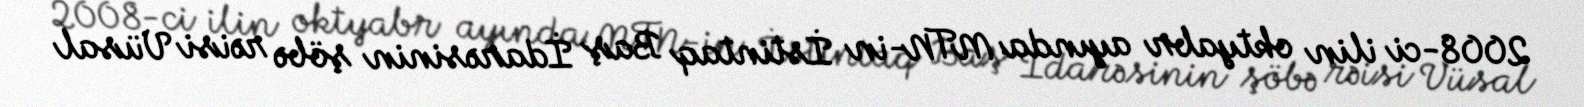
2008-ci ilin oktyabr ayında MTN-in İstintaq Baş İdarəsinin şöbə rəisi Vüsal